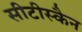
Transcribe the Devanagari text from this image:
सीटीस्कैन